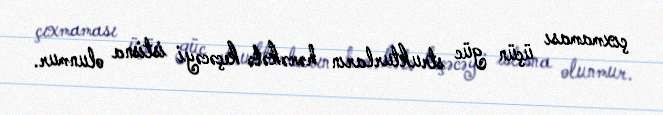
çıxmaması üçün güc strukturların hərəkətə keçəcəyi istisna olunmur.